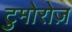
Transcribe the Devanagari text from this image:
टुमोरोज़